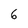
Character: 6